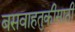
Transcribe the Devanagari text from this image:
बसवाहतुकीसाठी